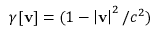
\gamma [ \mathbf { v } ] = ( 1 - \left| \mathbf { v } \right| ^ { 2 } / c ^ { 2 } )